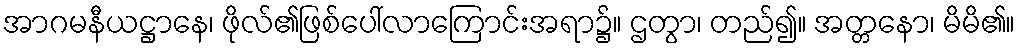
အာဂမနီယဋ္ဌာနေ၊ ဖိုလ်၏ဖြစ်ပေါ်လာကြောင်းအရာ၌။ ဌတွာ၊ တည်၍။ အတ္တနော၊ မိမိ၏။